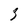
Character: 3